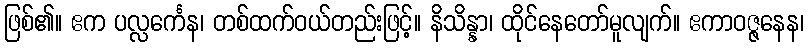
ဖြစ်၏။ ဧက ပလ္လင်္ကေန၊ တစ်ထက်ဝယ်တည်းဖြင့်။ နိသိန္နာ၊ ထိုင်နေတော်မူလျက်။ ဧကာဝဇ္ဇနေန၊